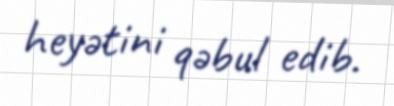
heyətini qəbul edib.